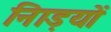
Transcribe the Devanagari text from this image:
नािड़यों